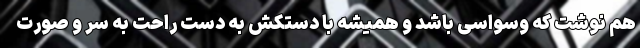
هم نوشت که وسواسی باشد و همیشه با دستکش به دست راحت به سر و صورت